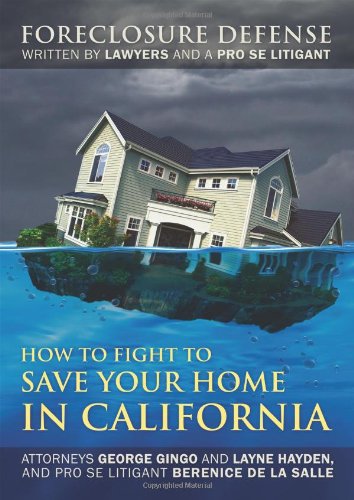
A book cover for How to Fight to Save Your Home in California: Foreclosure Defense WRITTEN BY LAWYERS AND A PRO SE LITIGANT; George Gingo; Law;